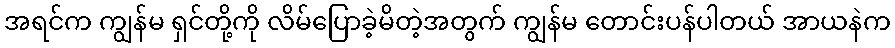
အရင်က ကျွန်မ ရှင်တို့ကို လိမ်ပြောခဲ့မိတဲ့အတွက် ကျွန်မ တောင်းပန်ပါတယ် အာယနဲက